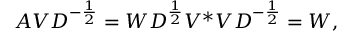
A V D ^ { - { \frac { 1 } { 2 } } } = W D ^ { \frac { 1 } { 2 } } V ^ { * } V D ^ { - { \frac { 1 } { 2 } } } = W ,